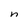
Character: n